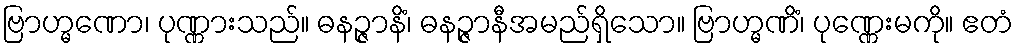
ဗြာဟ္မဏော၊ ပုဏ္ဏားသည်။ ဓနဉ္ဇာနိံ၊ ဓနဉ္ဇာနီအမည်ရှိသော။ ဗြာဟ္မဏိံ၊ ပုဏ္ဏေးမကို။ ဧတံ